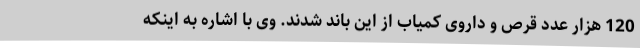
120 هزار عدد قرص و داروی کمیاب از این باند شدند. وی با اشاره به اینکه